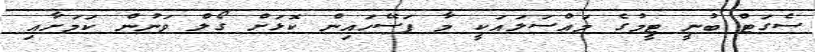
ސެގަޓް ބުނީ ޓީމުގެ މައްސަލައަކީ މާ ފަސޭހައިން ކޮޅަށް ގޯލް ވަނުން ކަމަށާއި